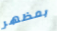
بمظهر